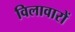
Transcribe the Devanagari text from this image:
विलावारों